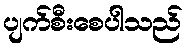
ပျက်စီးစေပါသည်